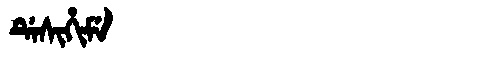
Manchu: ᡩᡝᠰᡳᡥᡳᠮᡝ
Romanization: DESIHIME